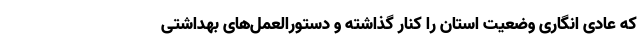
که عادی انگاری وضعیت استان را کنار گذاشته و دستورالعمل‌های بهداشتی